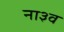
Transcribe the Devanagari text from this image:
ना३व